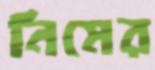
নিমের